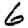
Digit: 6